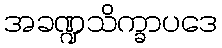
အခဏ္ဍသိက္ခာပဒေ